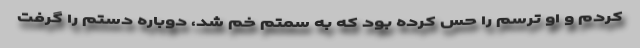
کردم و او ترسم را حس کرده بود که به سمتم خم شد، دوباره دستم را گرفت